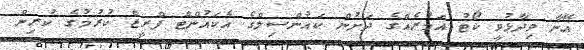
އޭނާ ވިދާޅުވީ ކޯޓު އަމުރެއްގެ ދަށުން ކައުންސިލްގެ އެކައުންޓް ފްރީޒް ކުރުމުގެ ކުރިން